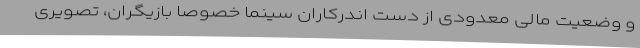
و وضعیت مالی معدودی از دست اندرکاران سینما خصوصا بازیگران، تصویری